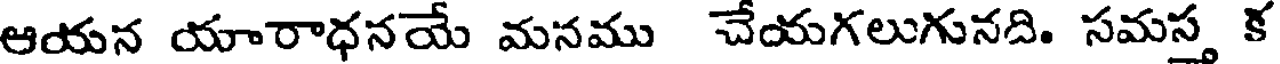
ఆయన యారాధనయే మనము చేయగలుగునది. సమస్త క